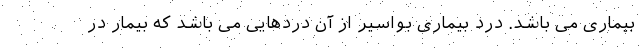
بیماری می باشد. درد بیماری بواسیر از آن دردهایی می باشد که بیمار در